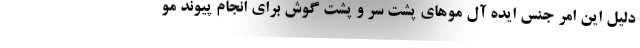
دلیل این امر جنس ایده آل موهای پشت سر و پشت گوش برای انجام پیوند مو